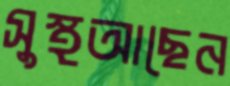
সুস্থআছেন